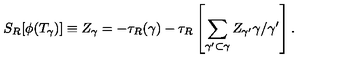
S _ { R } [ \phi ( T _ { \gamma } ) ] \equiv Z _ { \gamma } = - \tau _ { R } ( \gamma ) - \tau _ { R } \left[ \sum _ { \gamma ^ { \prime } \subset \gamma } Z _ { \gamma ^ { \prime } } \gamma / \gamma ^ { \prime } \right] .